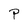
Character: P